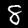
Digit: 8